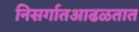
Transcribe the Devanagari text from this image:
निसर्गातआढळतात